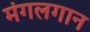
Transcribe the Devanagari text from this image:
मंगलगान